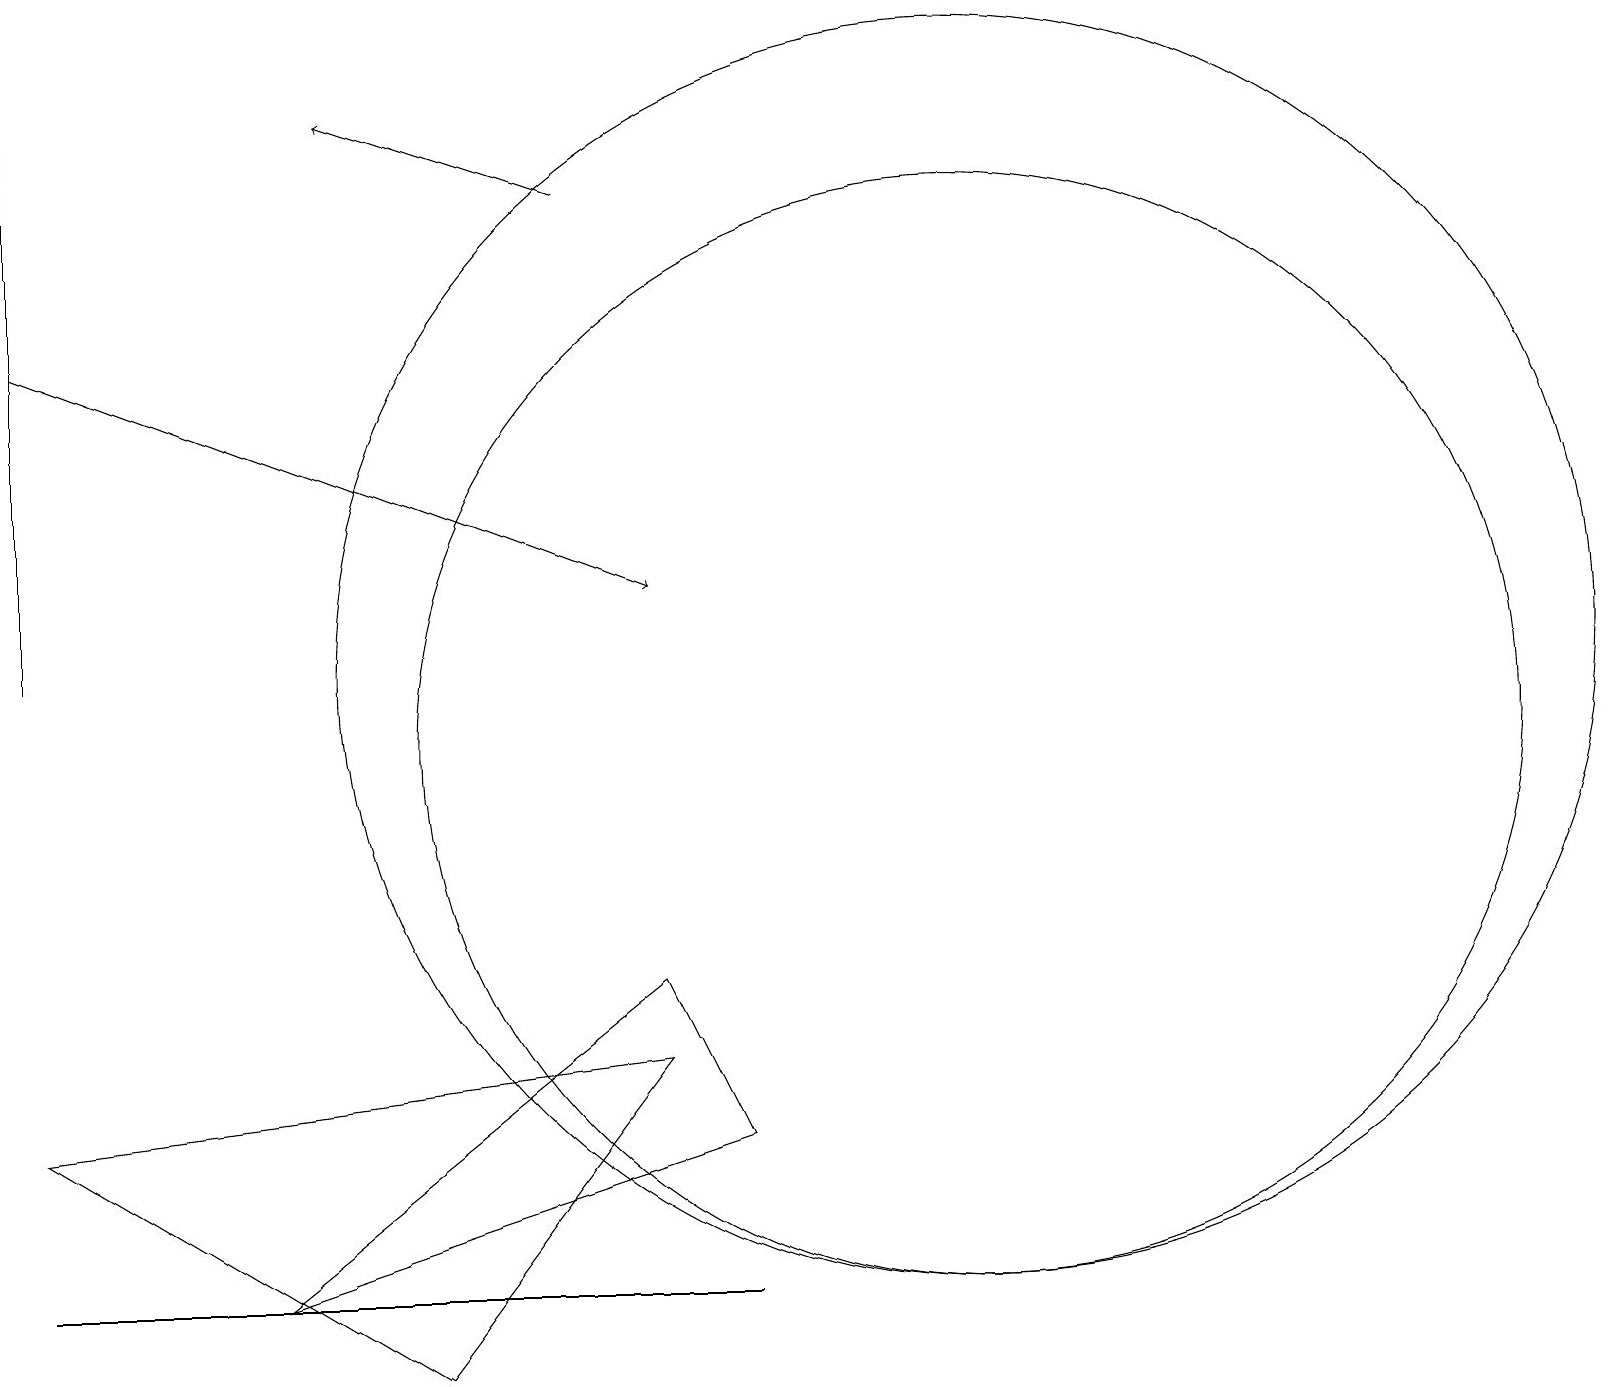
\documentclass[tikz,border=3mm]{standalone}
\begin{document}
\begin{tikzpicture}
\draw (12,11) circle (8);
\draw[->] (0,15) -- (8,12);
\draw (6,3) -- (9,3) -- (0,3) -- cycle;
\draw (3,3) -- (9,5) -- (8,7) -- cycle;
\draw (0,19) rectangle (0,11);
\draw[->] (7,17) -- (4,18);
\draw (12,10) circle (7);
\draw (8,6) -- (5,2) -- (0,5) -- cycle;
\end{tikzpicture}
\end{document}